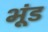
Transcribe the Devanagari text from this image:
भूंड